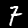
Digit: 7